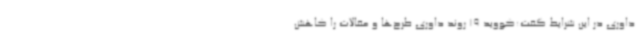
داوری در این شرایط گفت:کووید 19 روند داوری طرح‌ها و مقالات را کاهش